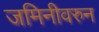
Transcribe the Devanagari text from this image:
जमिनीवरुन